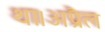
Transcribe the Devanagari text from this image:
था।अप्रैल